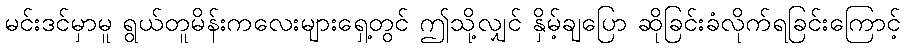
မင်းဒင်မှာမူ ရွယ်တူမိန်းကလေးများရှေ့တွင် ဤသို့လျှင် နှိမ့်ချပြော ဆိုခြင်းခံလိုက်ရခြင်းကြောင့်